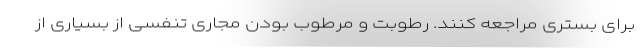
برای بستری مراجعه کنند. رطوبت و مرطوب بودن مجاری تنفسی از بسیاری از